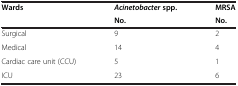
<table><thead><tr><td><b>Wards</b></td><td><b><i>Acinetobacter </i>spp.</b></td><td><b>MRSA</b></td></tr><tr><td><b> </b></td><td><b>No.</b></td><td><b>No.</b></td></tr></thead><tbody><tr><td>Surgical</td><td>9</td><td>2</td></tr><tr><td>Medical</td><td>14</td><td>4</td></tr><tr><td>Cardiac care unit (CCU)</td><td>5</td><td>1</td></tr><tr><td>ICU</td><td>23</td><td>6</td></tr></tbody></table>